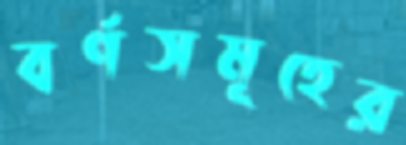
বর্ণসমূহের